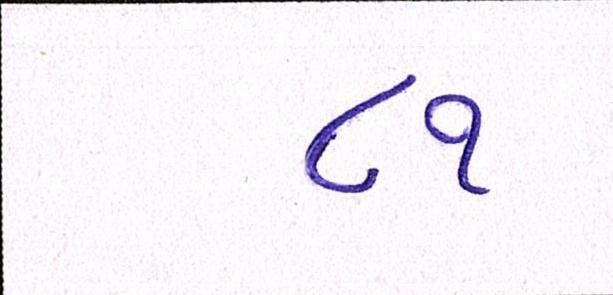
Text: ૮૧